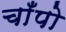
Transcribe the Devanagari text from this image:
चाँपो